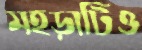
মহড়াটিও